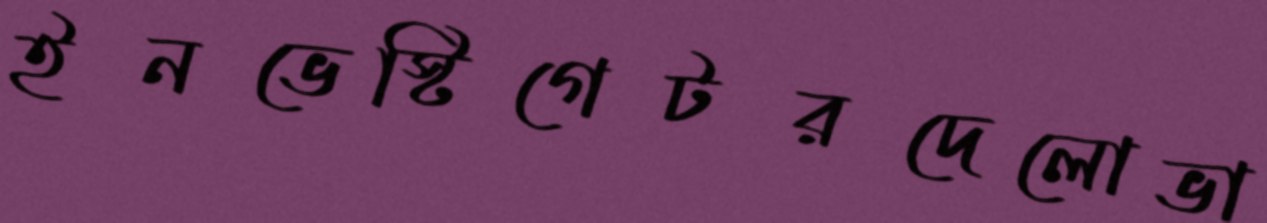
ইনভেস্টিগেটরদেলোভা